Scientific memoirs by medical officers of the Army of India - Part III,
Year: 1887
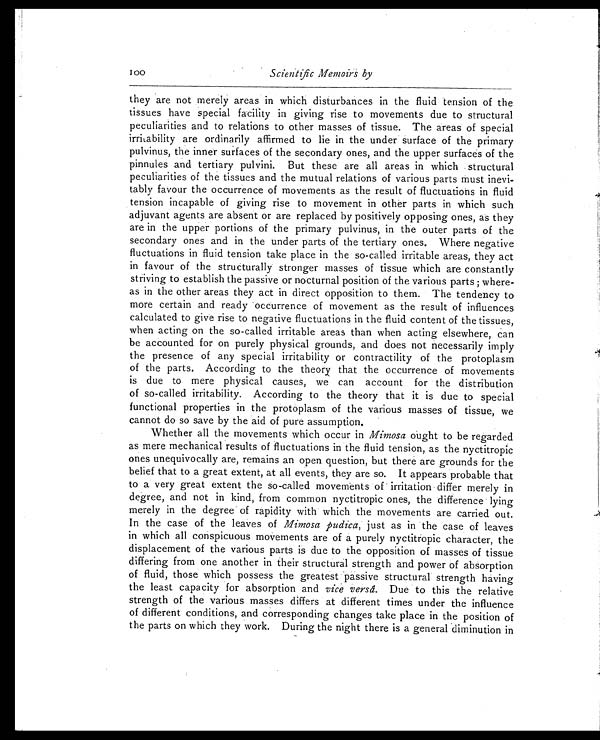
Scientific Memoirs by
they are not merely areas in which disturbances in the fluid tension of the
tissues have special facility in giving rise to movements due to structural
peculiarities and to relations to other masses of tissue. The areas of special
irritability are ordinarily affirmed to lie in the under surface of the primary
pulvinus, the inner surfaces of the secondary ones, and the upper surfaces of the
pinnules and tertiary pulvini. But these are all areas in which structural
peculiarities of the tissues and the mutual relations of various parts must inevi-
tably favour the occurrence of movements as the result of fluctuations in fluid
tension incapable of giving rise to movement in other parts in which such
adjuvant agents are absent or are replaced by positively opposing ones, as they
are in the upper portions of the primary pulvinus, in the outer parts of the
secondary ones and in the under parts of the tertiary ones. Where negative
fluctuations in fluid tension take place in the so-called irritable areas, they act
in favour of the structurally stronger masses of tissue which are constantly
striving to establish the passive or nocturnal position of the various parts ; where-
as in the other areas they act in direct opposition to them. The tendency to
more certain and ready occurrence of movement as the result of influences
calculated to give rise to negative fluctuations in the fluid content of the tissues,
when acting on the so-called irritable areas than when acting elsewhere, can
be accounted for on purely physical grounds, and does not necessarily imply
the presence of any special irritability or contractility of the protoplasm
of the parts. According to the theory that the occurrence of movements
is due to mere physical causes, we can account for the distribution
of so-called irritability. According to the theory that it is due to special
functional properties in the protoplasm of the various masses of tissue, we
cannot do so save by the aid of pure assumption.
Whether all the movements which occur in Mimosa ought to be regarded
as mere mechanical results of fluctuations in the fluid tension, as the nyctitropic
ones unequivocally are, remains an open question, but there are grounds for the
belief that to a great extent, at all events, they are so. It appears probable that
to a very great extent the so-called movements of irritation differ merely in
degree, and not in kind, from common nyctitropic ones, the difference lying
merely in the degree of rapidity with which the movements are carried out.
In the case of the leaves of Mimosa pudica, just as in the case of leaves
in which all conspicuous movements are of a purely nyctitropic character, the
displacement of the various parts is due to the opposition of masses of tissue
differing from one another in their structural strength and power of absorption
of fluid, those which possess the greatest passive structural strength having
the least capacity for absorption and vice versâ. Due to this the relative
strength of the various masses differs at different times under the influence
of different conditions, and corresponding changes take place in the position of
the parts on which they work. During the night there is a general diminution in
100